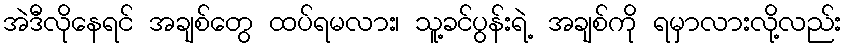
အဲဒီလိုနေရင် အချစ်တွေ ထပ်ရမလား၊ သူ့ခင်ပွန်းရဲ့ အချစ်ကို ရမှာလားလို့လည်း